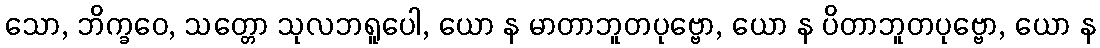
သော, ဘိက္ခဝေ, သတ္တော သုလဘရူပေါ, ယော န မာတာဘူတပုဗ္ဗော, ယော န ပိတာဘူတပုဗ္ဗော, ယော န